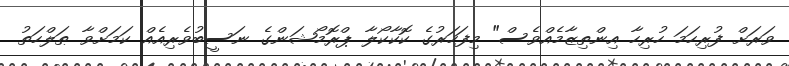
ވަރަށް ފުރިހަމަ ހުރިހާ އިންތިޒާމެއްވެސް" މިފަހަރުގެ ކޮކާކޯލާ ޕްރޮމޯޝަންގެ ނަސީބުވެރިއެއް ކަމަށްވާ ޠަލްހަތު